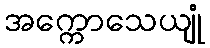
အက္ကောသေယျုံ